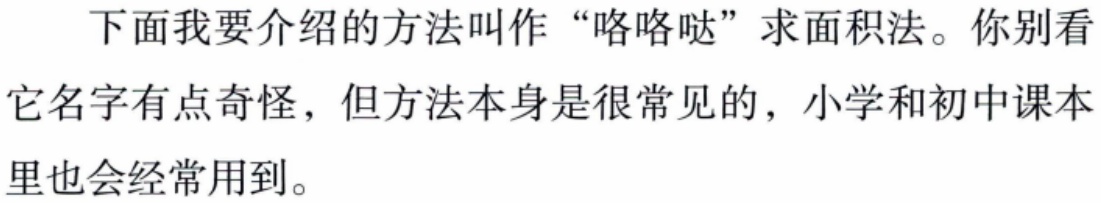
下面我要介绍的方法叫作“咯咯哒”求面积法。你别看它名字有点奇怪，但方法本身是很常见的，小学和初中课本里也会经常用到。